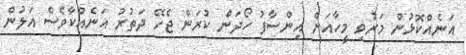
އަނެއްކޮޅުން މަރުވި މީހާއަށް އިންސާފު ހޯދަން ކުރަން ޖެހޭ ދަތުރު އަނެއްކާވެސް އަލުން